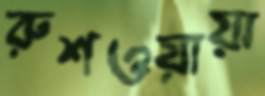
রুশওয়ায়া